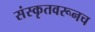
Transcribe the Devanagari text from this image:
संस्कृतवरूनच